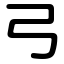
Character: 弓